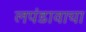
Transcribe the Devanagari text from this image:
लपंडावाचा